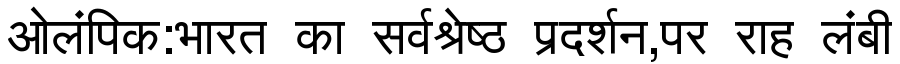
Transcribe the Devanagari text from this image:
ओलंपिक:भारत का सर्वश्रेष्ठ प्रदर्शन,पर राह लंबी